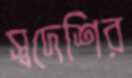
স্বদেশির